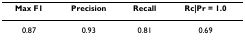
| Max F1 | Precision | Recall | Rc|Pr = 1.0 |
 | --- | --- | --- | --- |
 | 0.87 | 0.93 | 0.81 | 0.69 |